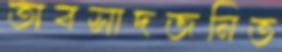
অবসাদজনিত